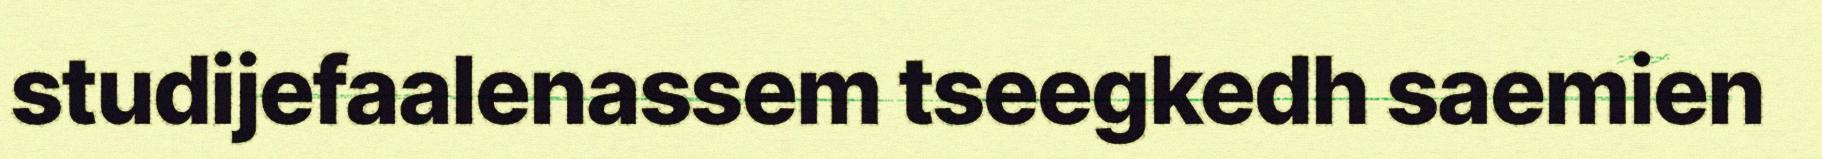
studijefaalenassem tseegkedh saemien